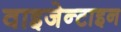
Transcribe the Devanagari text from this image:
वाइजेन्टाइन